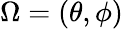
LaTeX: \Omega=(\theta,\phi)